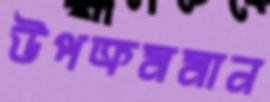
উপক্রমমান